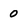
Character: 0